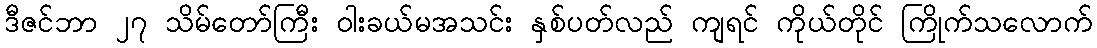
ဒီဇင်ဘာ ၂၇ သိမ်တော်ကြီး ဝါးခယ်မအသင်း နှစ်ပတ်လည် ကျရင် ကိုယ်တိုင် ကြိုက်သလောက်